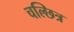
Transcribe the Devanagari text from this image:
चल्छित्र